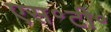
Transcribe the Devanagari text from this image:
एस॰टी॰